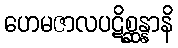
ဟေမဇာလပဋိစ္ဆန္နာနိ